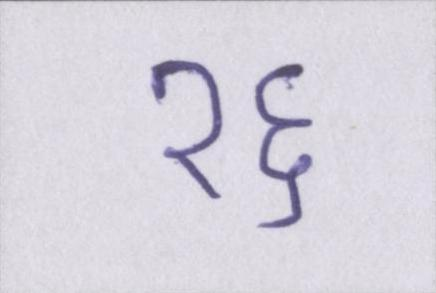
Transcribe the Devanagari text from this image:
१६